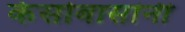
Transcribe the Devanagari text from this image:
केसोबासांनी